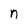
Character: n